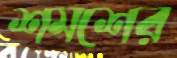
শমশের